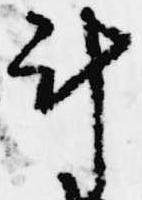
計